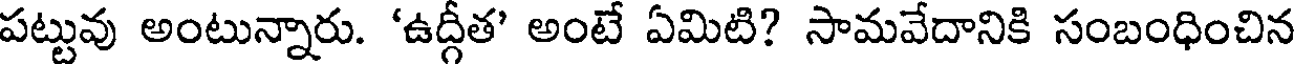
పట్టువు అంటున్నారు. 'ఉద్గీత' అంటే ఏమిటి? సామవేదానికి సంబంధించిన